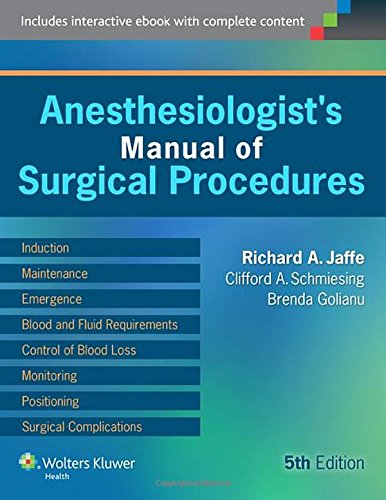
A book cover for Anesthesiologist's Manual of Surgical Procedures; Medical Books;